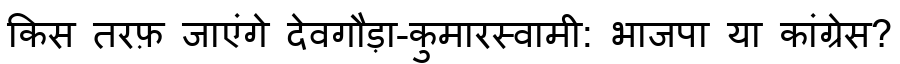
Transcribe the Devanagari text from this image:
किस तरफ़ जाएंगे देवगौड़ा-कुमारस्वामी: भाजपा या कांग्रेस?